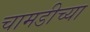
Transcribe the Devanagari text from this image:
चामडीच्या